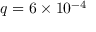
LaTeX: q = 6 \times 1 0 ^ { - 4 }